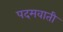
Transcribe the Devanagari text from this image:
पदमवाती